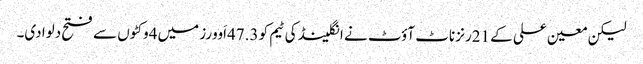
لیکن معین علی کے 21رنز ناٹ آؤٹ نے انگلینڈ کی ٹیم کو 47.3اَوورز میں 4وکٹوں سے فتح دلوا دی۔